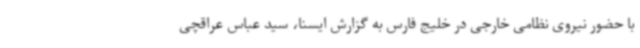
با حضور نیروی نظامی خارجی در خلیج فارس به گزارش ایسنا، سید عباس عراقچی